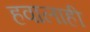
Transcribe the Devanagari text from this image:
हवालाही